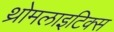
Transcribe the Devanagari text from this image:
थ्रोमलाइटिक्स